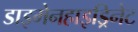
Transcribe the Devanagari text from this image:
डाइमेनहाइड्रिनेट